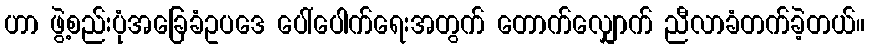
ဟာ ဖွဲ့စည်းပုံအခြေခံဥပဒေ ပေါ်ပေါက်ရေးအတွက် တောက်လျှောက် ညီလာခံတက်ခဲ့တယ်။